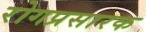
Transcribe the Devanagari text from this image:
रोगप्रसारक